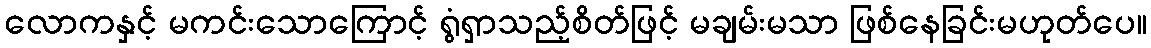
လောကနှင့် မကင်းသောကြောင့် ရွံရှာသည့်စိတ်ဖြင့် မချမ်းမသာ ဖြစ်နေခြင်းမဟုတ်ပေ။